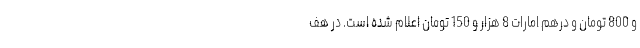
و 800 تومان و درهم امارات 8 هزار و 150 تومان اعلام شده است. در هف